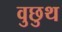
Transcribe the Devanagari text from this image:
वुछुथ